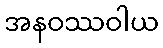
အနဝဿဝါယ